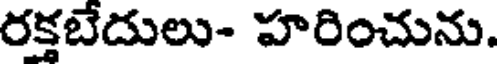
రక్తబేదులు- హరించును.